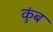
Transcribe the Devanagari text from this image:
कुंब